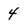
Character: 4